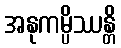
အနုကမ္ပိဿန္တိ